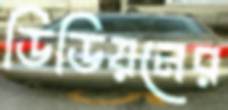
ডিডিয়নের